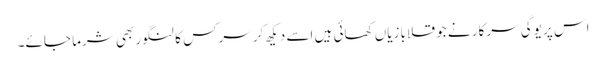
اس پر یوگی سرکار نے جو قلابازیاں کھائی ہیں اسے دیکھ کرسرکس کا لنگور بھی شرما جائے۔